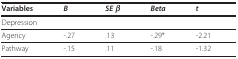
<table><thead><tr><td><b>Variables</b></td><td><b><i>Β</i></b></td><td><b><i>SE β</i></b></td><td><b><i>Beta</i></b></td><td><b><i>t</i></b></td></tr></thead><tbody><tr><td colspan="5">Depression</td></tr><tr><td>Agency</td><td>-.27</td><td>.13</td><td>-.29*</td><td>-2.21</td></tr><tr><td>Pathway</td><td>-.15</td><td>.11</td><td>-.18</td><td>-1.32</td></tr></tbody></table>